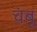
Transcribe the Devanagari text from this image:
चंबू